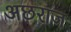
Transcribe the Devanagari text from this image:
अछराज